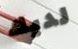
لديك